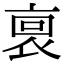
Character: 𧙪